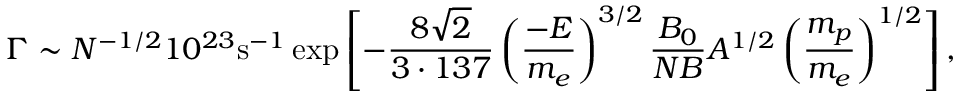
\Gamma \sim N ^ { - 1 / 2 } 1 0 ^ { 2 3 } \mathrm { s } ^ { - 1 } \exp \left[ - { \frac { 8 \sqrt { 2 } } { 3 \cdot 1 3 7 } } \left( { \frac { - E } { m _ { e } } } \right) ^ { 3 / 2 } { \frac { B _ { 0 } } { N B } } A ^ { 1 / 2 } \left( { \frac { m _ { p } } { m _ { e } } } \right) ^ { 1 / 2 } \right] ,